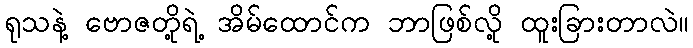
ရုသနဲ့ ဗောဇတို့ရဲ့ အိမ်ထောင်က ဘာဖြစ်လို့ ထူးခြားတာလဲ။